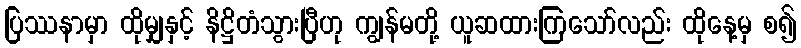
ပြဿနာမှာ ထိုမျှနှင့် နိဋ္ဌိတံသွားပြီဟု ကျွန်မတို့ ယူဆထားကြသော်လည်း ထိုနေ့မှ စ၍